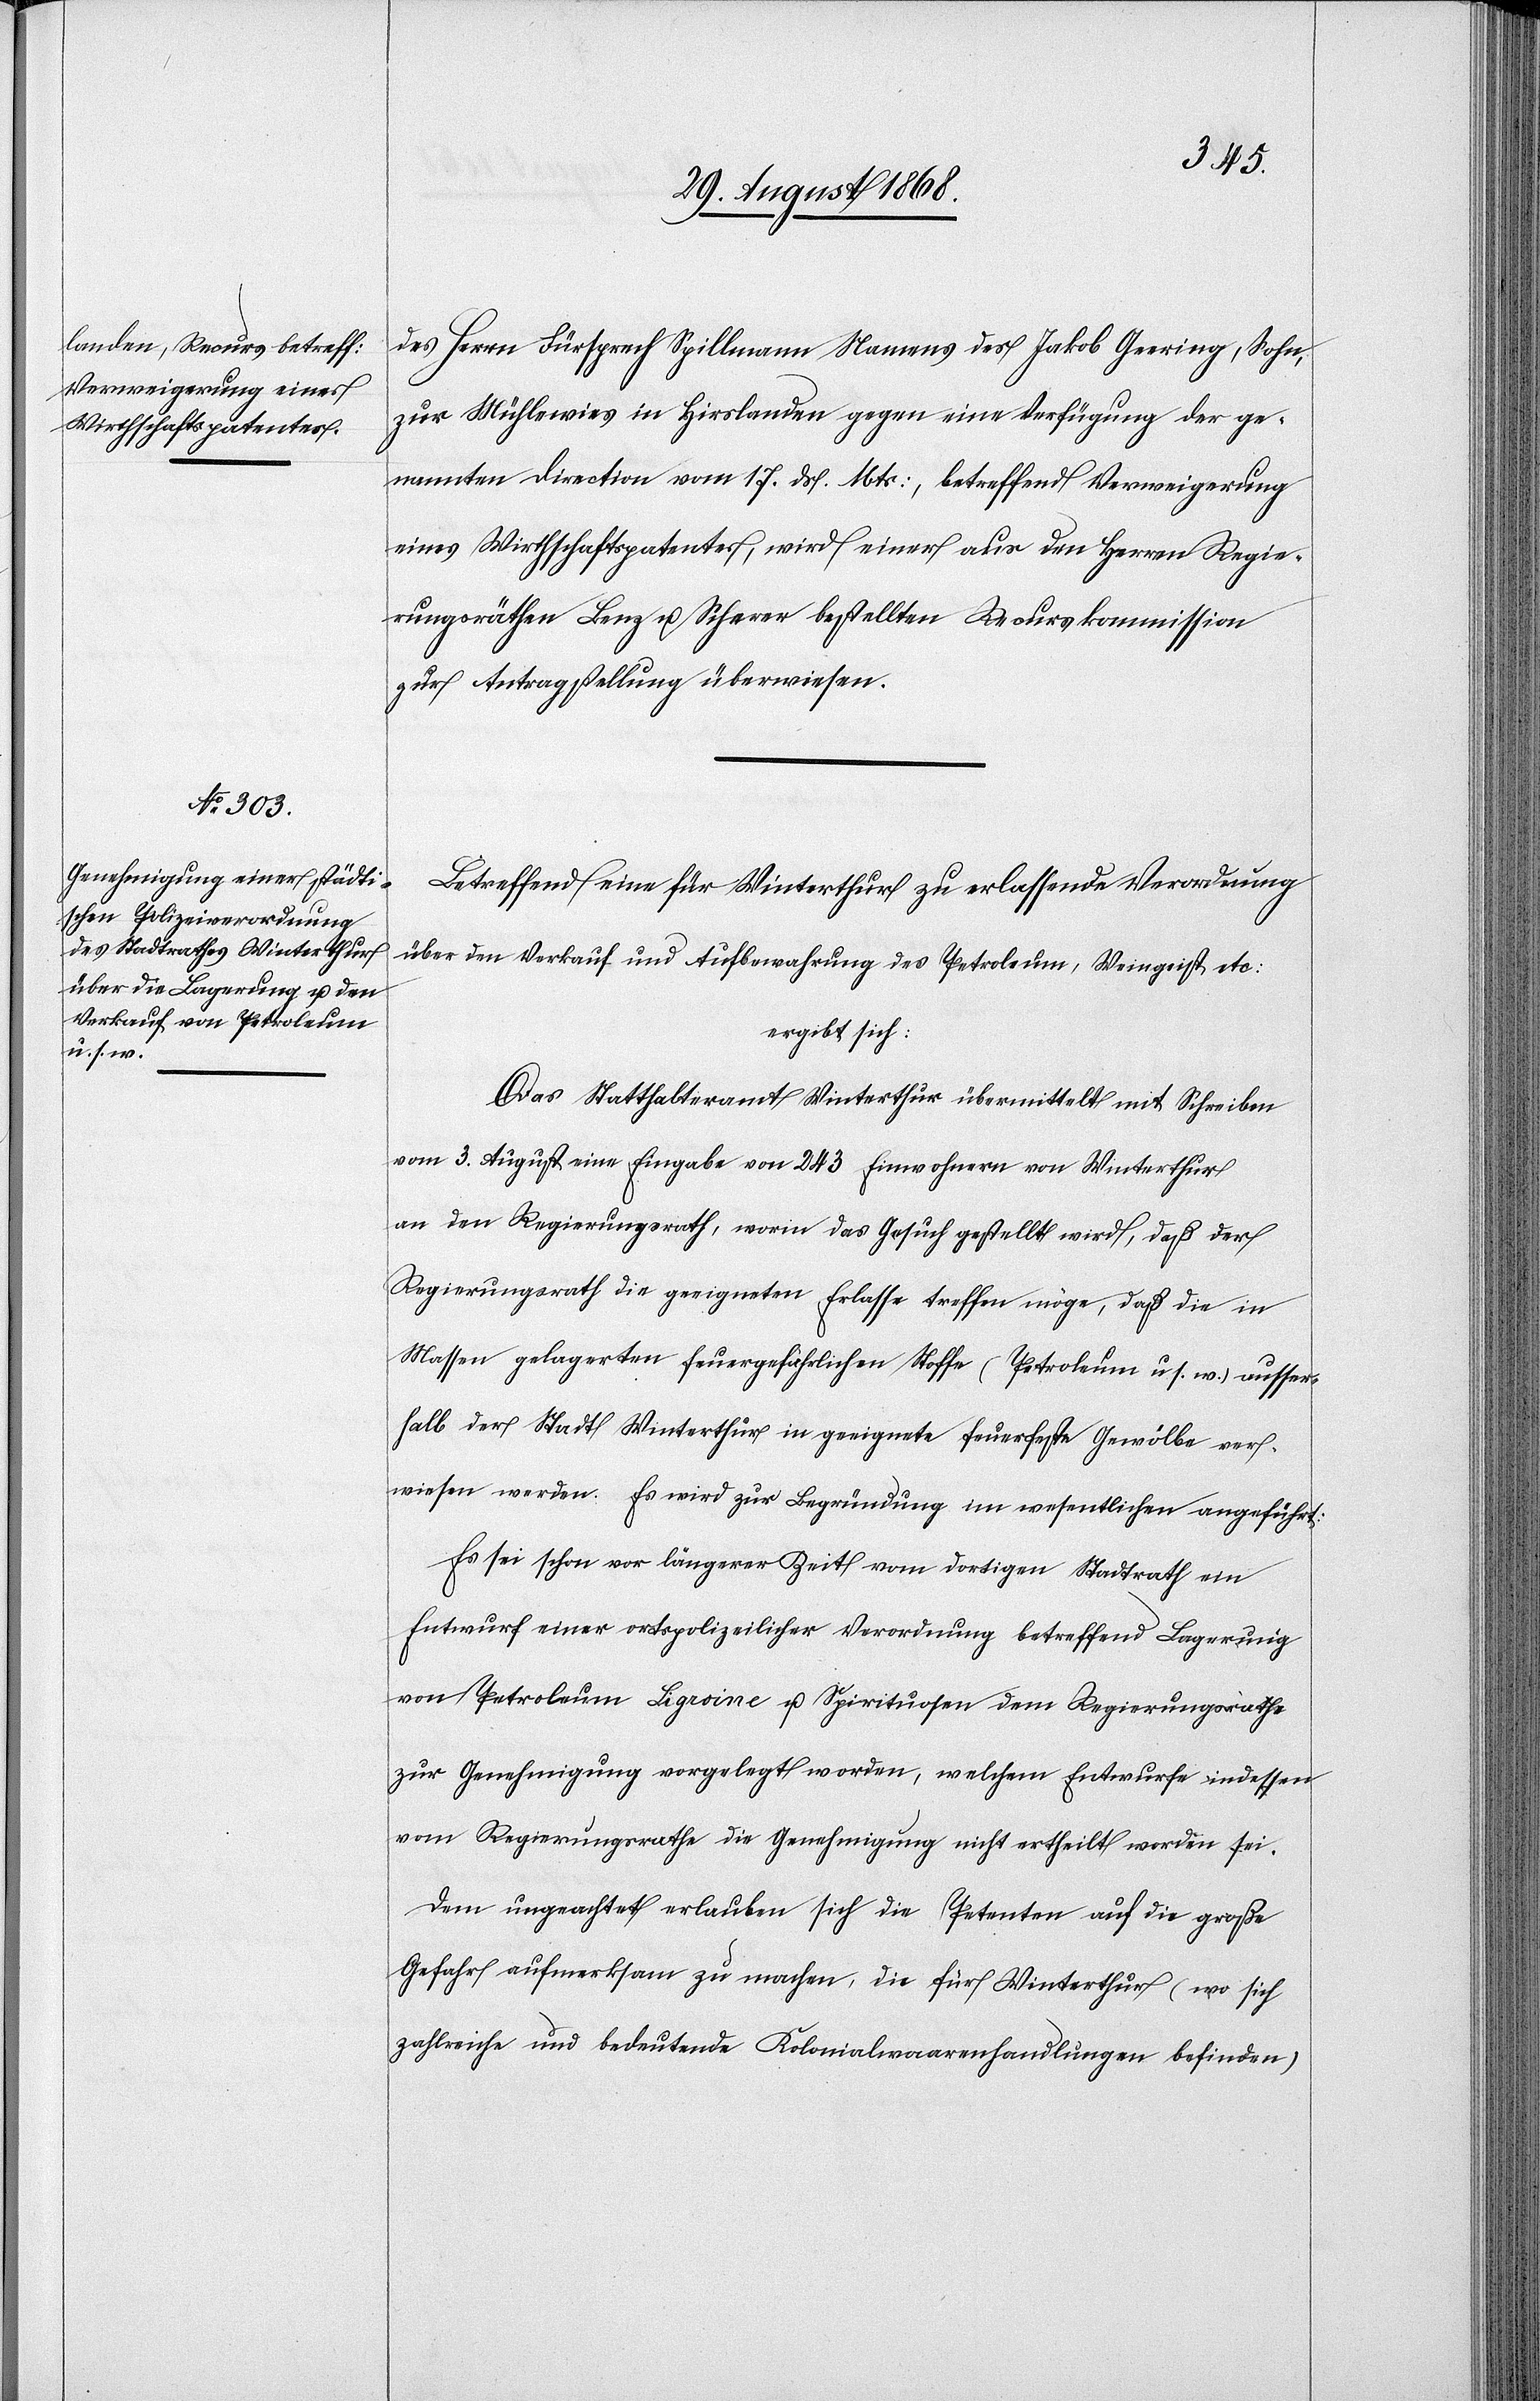
des Herrn Fürsprech Spillmann Namens des Jakob Geering, Sohn,
zur Mühlewies in Hirslanden gegen eine Verfügung der ge¬
nannten Direction vom 17. ds. Mts:, betreffend Verweigerung
eines Wirthschaftspatentes, wird einer aus den Herren Regie¬
rungsräthen Benz u. Scherer bestellten Recurskommission
zur Antragstellung überwiesen.
Betreffend eine für Winterthur zu erlassende Verordnung
über den Verkauf und Aufbewahrung des Petroleum, Weingeist etc:
ergibt sich:
Das Statthalteramt Winterthur übermittelt mit Schreiben
vom 3. August eine Eingabe von 243 Einwohnern von Winterthur
an den Regierungsrath, worin das Gesuch gestellt wird, daß der
Regierungsrath die geeigneten Erlasse treffen möge, daß die in
Massen gelagerten feuergefährlichen Stoffe (Petroleum u. s. w.) ausser¬
halb der Stadt Winterthur in geeignete feuerfeste Gewölbe ver¬
wiesen werden. Es wird zur Begründung im wesentlichen angeführt:
Es sei schon vor längerer Zeit vom dortigen Stadtrath ein
Entwurf einer ortspolizeilicher [sic!] Verordnung betreffend Lagerung
von Petroleum[,] Ligroine u. Spirituosen dem Regierungsrathe
zur Genehmigung vorgelegt worden, welchem Entwurfe indessen
vom Regierungsrathe die Genehmigung nicht ertheilt worden sei.
Dem ungeachtet erlauben sich die Petenten auf die große
Gefahr aufmerksam zu machen, die für Winterthur (wo sich
zahlreiche und bedeutende Kolonialwaarenhandlungen befinden)